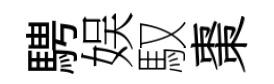
騁娱馭棗